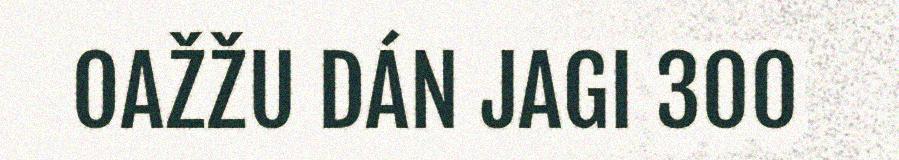
OAŽŽU DÁN JAGI 300